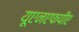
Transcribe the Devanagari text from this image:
यूएनएफपीए